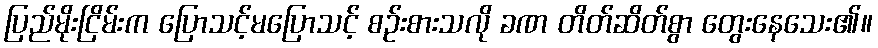
ပြည်မိုးငြိမ်းက ပြောသင့်မပြောသင့် စဉ်းစားသလို ခဏ တိတ်ဆိတ်စွာ တွေးနေသေး၏။